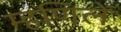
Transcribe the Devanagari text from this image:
म्हणिलें